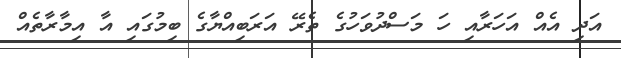
އަދި އެއް އަހަރާއި ހަ މަސްދުވަހުގެ ތެރޭ އަރަބިއްޔާގެ ބިމުގައި އާ އިމާރާތެއް